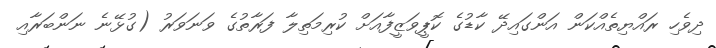
ދިވެހި ރައްޔިތެއްކަން އަންގައިދޭ ކާޑުގެ ކޮޕީވަޒީފާއަށް ކުރިމަތިލާ ފަރާތުގެ ވަނަވަރު (ގުޅޭނެ ނަންބަރާއި